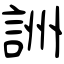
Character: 詶